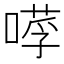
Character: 𠼼